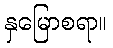
နှမြောစရာ။